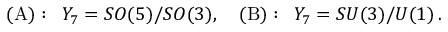
( \mathrm { A } ) : \, \, \, Y _ { 7 } = S O ( 5 ) / S O ( 3 ) , \quad ( \mathrm { B } ) : \, \, \, Y _ { 7 } = S U ( 3 ) / U ( 1 ) \, .